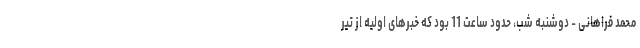
محمد فراهانی - دوشنبه شب، حدود ساعت 11 بود که خبرهای اولیه از تیر